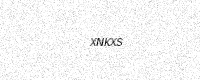
Text: XNKXS